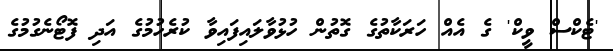
'ޓެކްސް ވީކް' ގެ އެއް ހަރަކާތުގެ ގޮތުން ހުޅުވާލައިފައިވާ ކުރެހުމުގެ އަދި ފޮޓޯނެގުމުގެ